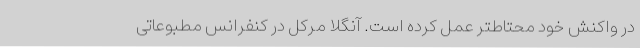
در واکنش خود محتاطتر عمل کرده است. آنگلا مرکل در کنفرانس مطبوعاتی